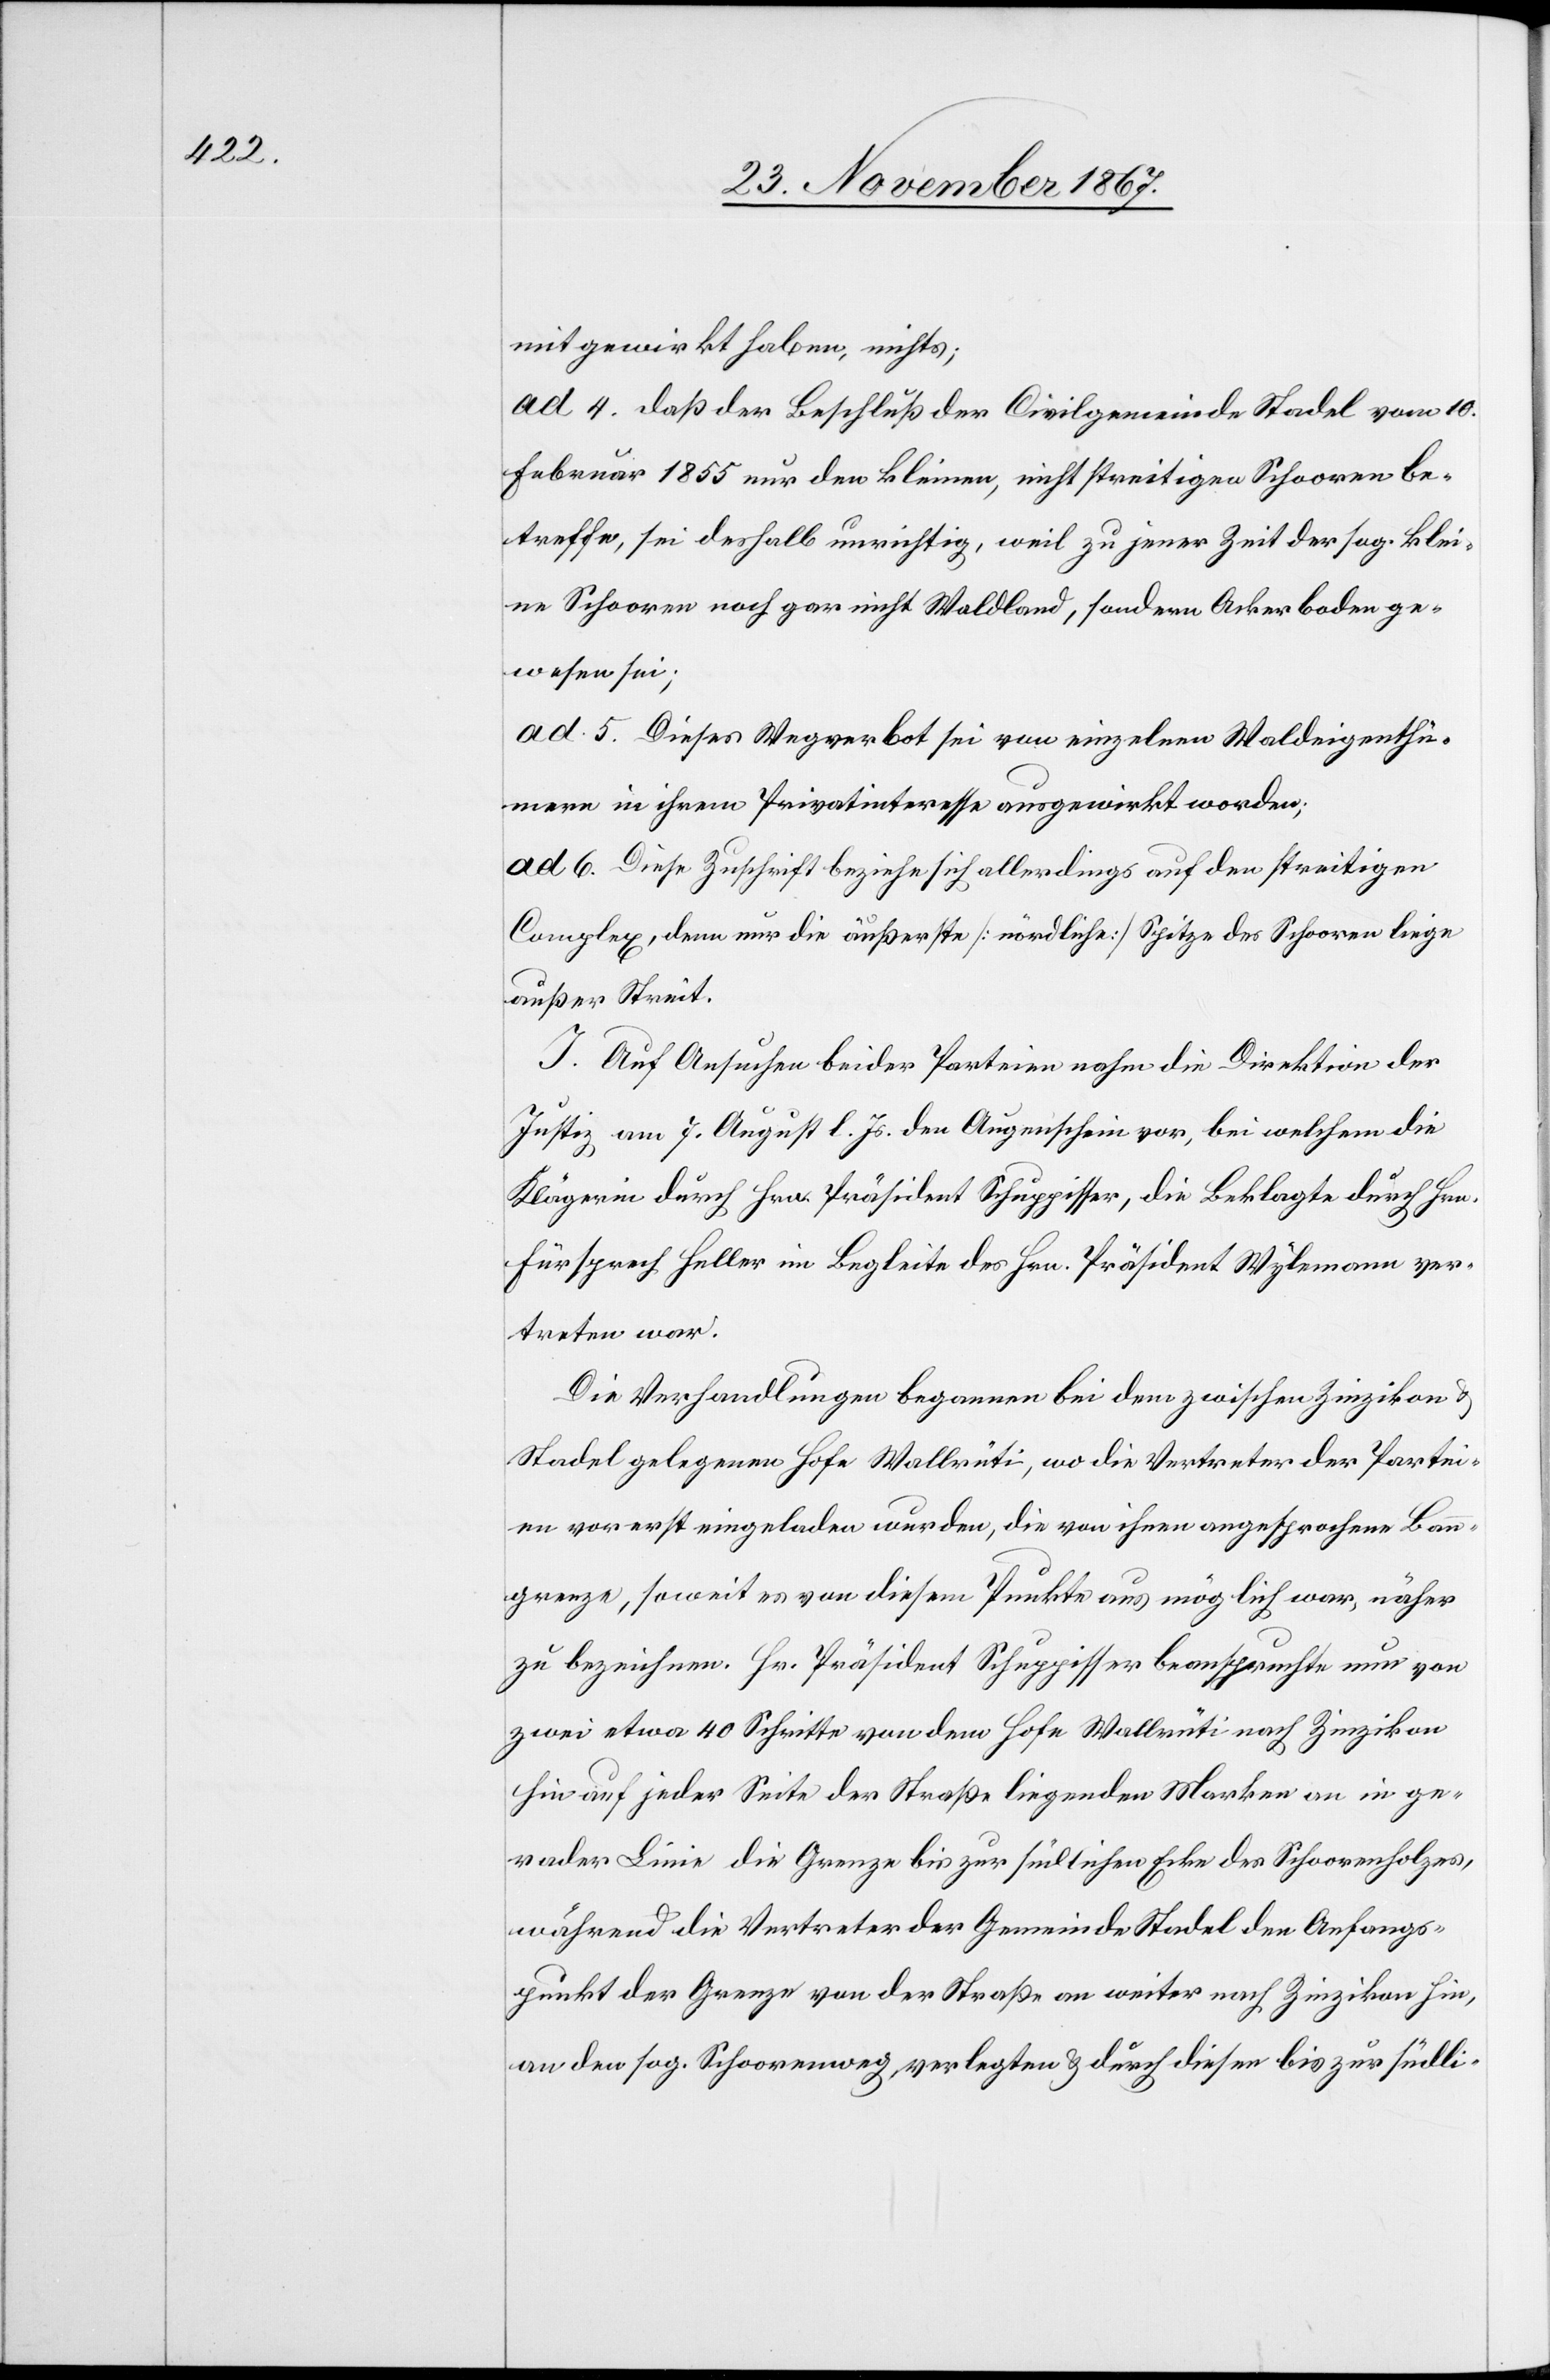
mitgewirkt haben, nichts;
ad 4. daß der Beschluß der Civilgemeinde Stadel vom 10.
Februar 1855 nur den kleinen, nicht streitigen Schooren be¬
treffe, sei deshalb unrichtig, weil zu jener Zeit der sog. klei¬
ne Schooren noch gar nicht Waldland, sondern Ackerboden ge¬
wesen sei;
ad 5. Dieses Wegverbot sei von einzelnen Waldeigenthü¬
mern in ihrem Privatinteresse ausgewirkt worden;
ad 6. Diese Zuschrift beziehe sich allerdings auf den streitigen
Complex, denn nur die äußerste [nördliche] Spitze des Schooren liege
außer Streit.
I. Auf Ansuchen beider Parteien nahm die Direktion der
Justiz am 7. August l. Js. den Augenschein vor, bei welchem die
Klägerin durch Hrn. Präsident Schuppisser, die Beklagte durch Hrn.
Fürsprech Heller im Begleite des Hrn. Präsident Wylemann ver¬
treten war.
Die Verhandlungen begannen bei dem zwischen Zinzikon u.
Stadel gelegenen Hofe Wallrüti, wo die Vertreter der Partei¬
en vorerst eingeladen wurden, die von ihnen angesprochene Ban¬
ngrenze, soweit es von diesem Punkte aus möglich war, näher
zu bezeichnen. Hr. Präsident Schuppisser beanspruchte nun von
zwei etwa 40 Schritte von dem Hofe Wallrüti nach Zinzikon
hin auf jeder Seite der Straße liegenden Marken an in ge¬
rader Linie die Grenze bis zur südlichsten Ecke des Schoorenholzes,
während die Vertreter der Gemeinde Stadel den Anfangs¬
punkt der Grenze von der Straße an weiter nach Zinzikon hin,
an den sog. Schoorenweg, verlegten u. durch diesen bis zur südli-